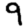
Digit: 9